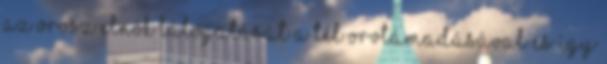
az orosz elnök látogatását a tél orvtámadásával és így